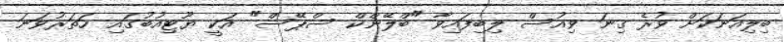
ބިލިއަނަކަށް ވުރެ ގިނަ ވިއުސް ލިބިފައިވާ "ބްލޭންކް ސްޕޭސް" އަކީ ޔޫޓިއުބުގައި ހަތަރުވަނަ